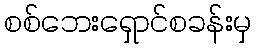
စစ်ဘေးရှောင်စခန်းမှ